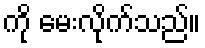
ကို မေးလိုက်သည်။